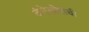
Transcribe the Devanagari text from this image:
दंगेखोरांची